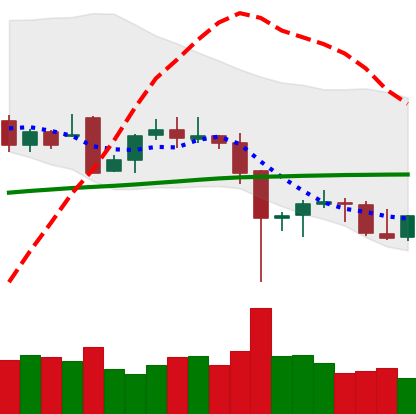
Ticker: BTC-USD
Chart end date: 2021-12-11
Forward return: -3.438%
Label: down_3_5